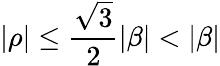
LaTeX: |\rho|\leq{\frac{\sqrt{3}}{2}}|\beta|<|\beta|